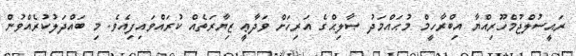
ރައީސުލްޖުމްހޫރިއްޔާ އިބްރާހީމް މުޙައްމަދު ޞާލިޙްގެ އަރިހަށް ވަދާޢީ ޒިޔާރަތެއް ކުރައްވައިފިއެވެ. މި ބައްދަލުކުރެއްވުން